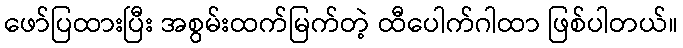
ဖော်ပြထားပြီး အစွမ်းထက်မြက်တဲ့ ထီပေါက်ဂါထာ ဖြစ်ပါတယ်။